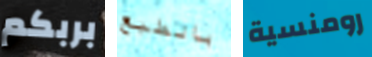
بربكم بالطبع رومنسية